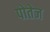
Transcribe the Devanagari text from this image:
पोतेज